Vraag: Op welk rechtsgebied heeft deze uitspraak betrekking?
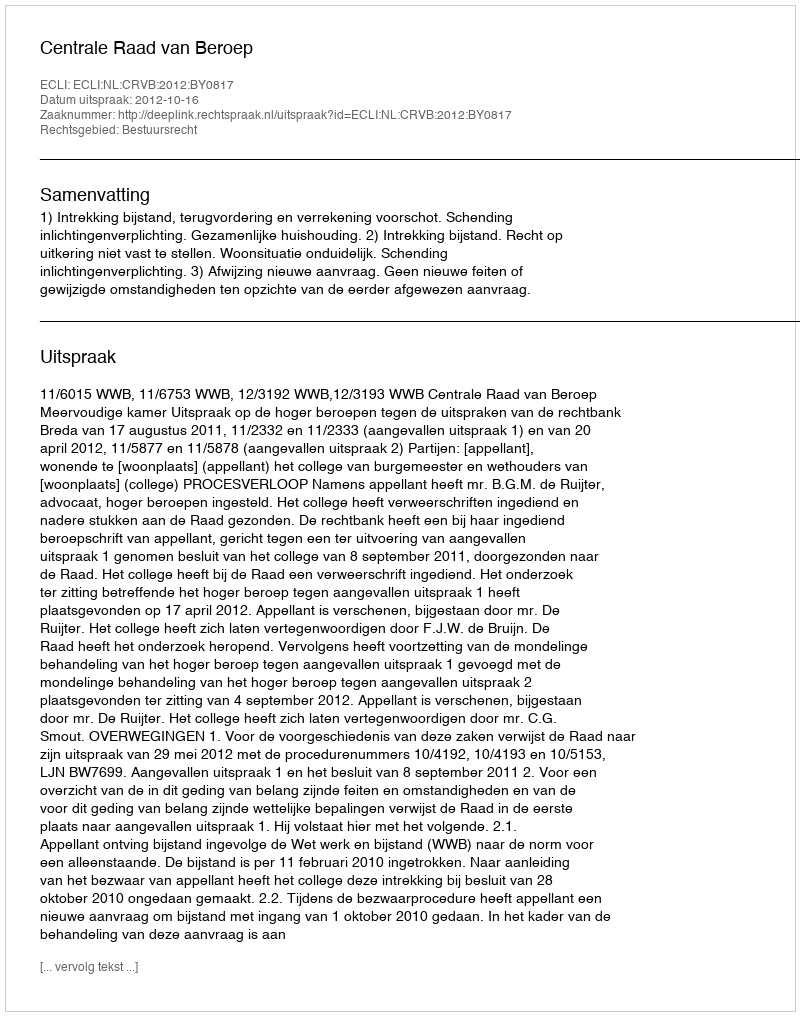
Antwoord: Bestuursrecht